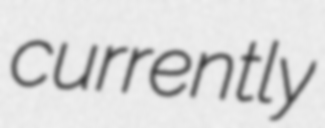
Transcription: currently